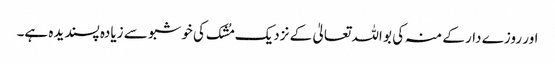
اور روزے دار کے منہ کی بو اللہ تعالیٰ کے نزدیک مُشک کی خوشبو سے زیادہ پسندیدہ ہے۔